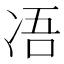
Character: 𠗐